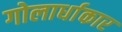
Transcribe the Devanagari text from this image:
गोलार्धाकार